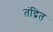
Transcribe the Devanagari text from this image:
तंद्रित